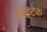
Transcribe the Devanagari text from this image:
हाइटेक